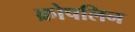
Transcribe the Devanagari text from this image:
क्रोपलिन